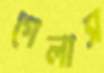
গেলাস